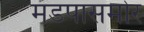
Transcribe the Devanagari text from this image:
मंडपासमोर